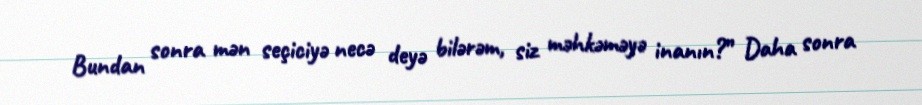
Bundan sonra mən seçiciyə necə deyə bilərəm, siz məhkəməyə inanın?” Daha sonra